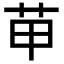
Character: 𦭖